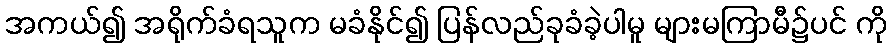
အကယ်၍ အရိုက်ခံရသူက မခံနိုင်၍ ပြန်လည်ခုခံခဲ့ပါမူ များမကြာမီ၌ပင် ကို